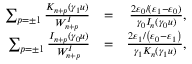
\begin{array} { r l r } { \sum _ { p = \pm 1 } \frac { K _ { n + p } ( \gamma _ { 1 } u ) } { W _ { n + p } ^ { I } } } & { = } & { \frac { 2 \varepsilon _ { 0 } / ( \varepsilon _ { 1 } - \varepsilon _ { 0 } ) } { \gamma _ { 0 } I _ { n } ( \gamma _ { 0 } u ) } , } \\ { \sum _ { p = \pm 1 } \frac { I _ { n + p } ( \gamma _ { 0 } u ) } { W _ { n + p } ^ { I } } } & { = } & { \frac { 2 \varepsilon _ { 1 } / \left( \varepsilon _ { 0 } - \varepsilon _ { 1 } \right) } { \gamma _ { 1 } K _ { n } ( \gamma _ { 1 } u ) } , } \end{array}